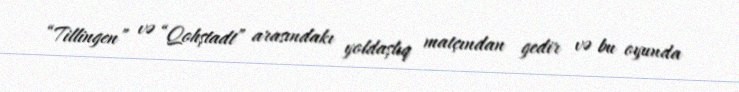
“Tillingen” və “Qohştadt” arasındakı yoldaşlıq matçından gedir və bu oyunda